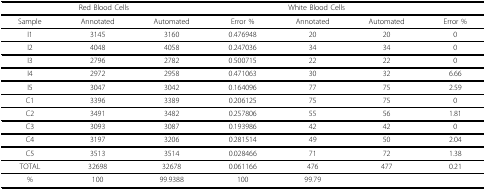
| <COLSPAN=3> Red Blood Cells | <COLSPAN=3> White Blood Cells |  |
 | --- | --- | --- | --- | --- | --- | --- |
 | Sample | Annotated | Automated | Error % | Annotated | Automated | Error % |
 | I1 | 3145 | 3160 | 0.476948 | 20 | 20 | 0 |
 | I2 | 4048 | 4058 | 0.247036 | 34 | 34 | 0 |
 | I3 | 2796 | 2782 | 0.500715 | 22 | 22 | 0 |
 | I4 | 2972 | 2958 | 0.471063 | 30 | 32 | 6.66 |
 | I5 | 3047 | 3042 | 0.164096 | 77 | 75 | 2.59 |
 | C1 | 3396 | 3389 | 0.206125 | 75 | 75 | 0 |
 | C2 | 3491 | 3482 | 0.257806 | 55 | 56 | 1.81 |
 | C3 | 3093 | 3087 | 0.193986 | 42 | 42 | 0 |
 | C4 | 3197 | 3206 | 0.281514 | 49 | 50 | 2.04 |
 | C5 | 3513 | 3514 | 0.028466 | 71 | 72 | 1.38 |
 | TOTAL | 32698 | 32678 | 0.061166 | 476 | 477 | 0.21 |
 | % | 100 | 99.9388 | 100 | 99.79 |  |  |